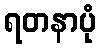
ရတနာပုံ